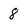
Character: 8